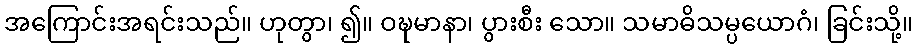
အကြောင်းအရင်းသည်။ ဟုတွာ၊ ၍။ ဝဍ္ဎမာနာ၊ ပွားစီး သော။ သမာဓိသမ္ပယောဂံ၊ ခြင်းသို့။